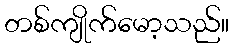
တစ်ကျိုက်မော့သည်။